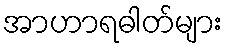
အာဟာရဓါတ်များ